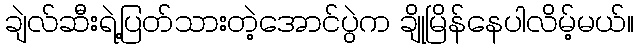
ချဲလ်ဆီးရဲ့ပြတ်သားတဲ့အောင်ပွဲက ချိုမြိန်နေပါလိမ့်မယ်။